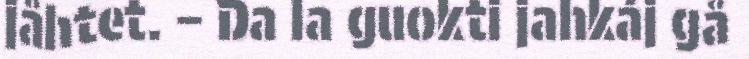
jåhtet. – Da la guokti jahkáj gå